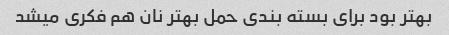
بهتر بود برای بسته بندی حمل بهتر نان هم فکری میشد